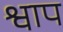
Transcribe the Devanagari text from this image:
श्वाप